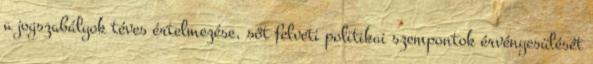
a jogszabályok téves értelmezése, sőt felveti politikai szempontok érvényesülését